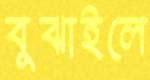
বুঝাইলে